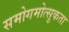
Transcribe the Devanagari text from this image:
समोगमोत्सुकता